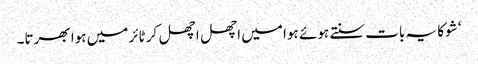
‘ شوکا یہ بات سنتے ہوئے ہوا میں اچھل اچھل کر ٹائر میں ہوا بھرتا۔